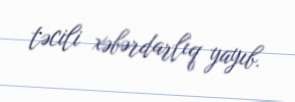
təcili xəbərdarlıq yayıb.